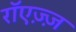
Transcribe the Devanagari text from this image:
रॉएज़्ज़